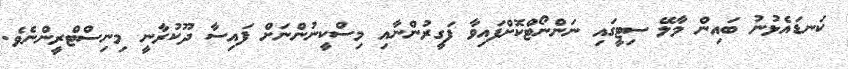
ކަނޑައެޅުނު ބައިން މާލޭ ސިޓީގައި ނަންނޯޓްކޮށްފައިވާ ފަގީރުންނާއި މިސްކީނުންނަށް ފައިސާ ދޫކުރާނީ މިނިސްޓްރީންނެވެ.